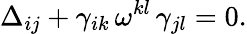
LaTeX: \Delta_{ij}+\gamma_{ik}\, \omega^{kl}\, \gamma_{jl}=0.